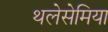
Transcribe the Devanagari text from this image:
थलेसेमिया